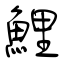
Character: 鯉